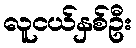
လူငယ်နှစ်ဦး